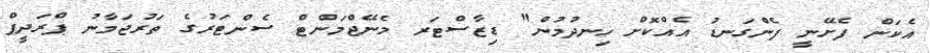
އެކަން ފެށޭނީ ފެންގަނޑު އެއްކޮށް ހިނދުމުން" ޑިޒާސްޓަރ މެނޭޖްމަންޓް ސެންޓަރުގެ ތަރުޖަމާނު ޕްރަދީޕް